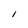
Character: I